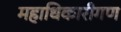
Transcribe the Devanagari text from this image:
महाधिकारीगण